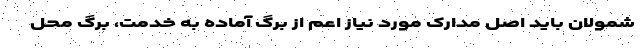
شمولان باید اصل مدارک مورد نیاز اعم از برگ آماده به خدمت، برگ محل